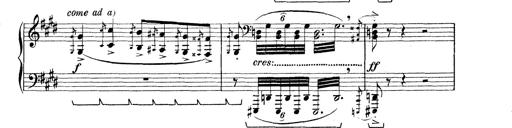
Title: Rapsodie: 19 ungheresi, 1 spagnuola
Composer: Franz Liszt